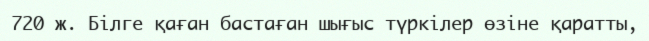
720 ж. Білге қаған бастаған шығыс түркілер өзіне қаратты,